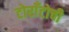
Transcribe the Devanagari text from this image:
टोराँटोची